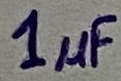
Text: 1µF